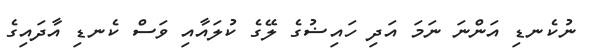
ނުކެނޑި އަންނަ ނަމަ އަދި ހައިޟުގެ ލޭގެ ކުލައާއި ވަސް ކެނޑި އާދައިގެ